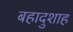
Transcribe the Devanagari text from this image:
बहादुशाह